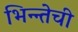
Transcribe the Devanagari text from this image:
भिन्न्तेची